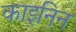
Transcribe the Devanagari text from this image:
काइनिन